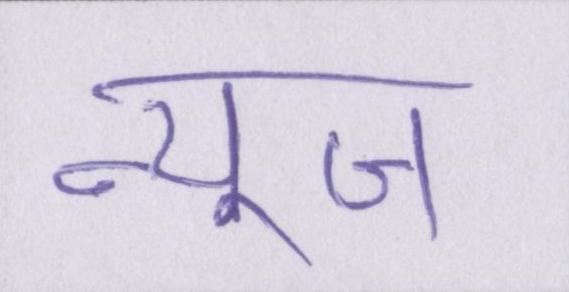
न्यूज